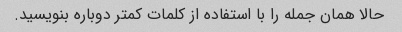
حالا همان جمله را با استفاده از کلمات کمتر دوباره بنویسید.